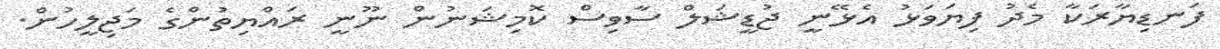
ފަނޑިޔާރަކާ މެދު ފިޔަވަޅު އެޅޭނީ ޖުޑީޝަލް ސާވިސް ކޮމިޝަނުން ނޫނީ ރައްޔިތުންގެ މަޖިލީހުން.